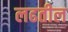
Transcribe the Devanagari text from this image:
लढतील